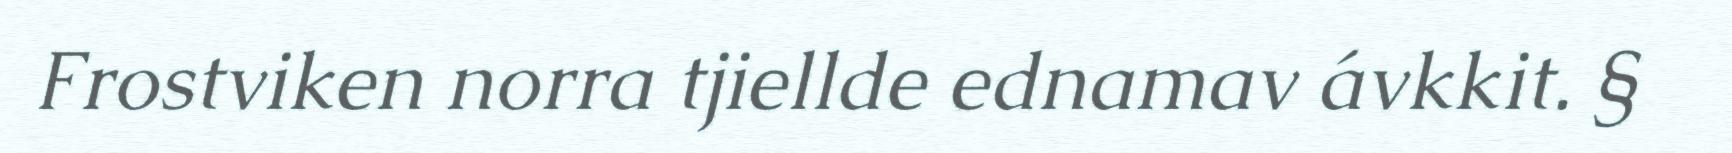
Frostviken norra tjiellde ednamav ávkkit. §